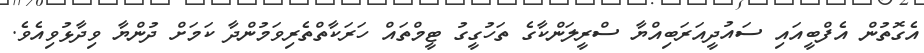
އެގޮތުން އެފްބީއައި ސައުދީއަރަބިއްޔާ ސްރީލަންކާގެ ތަހުގީގު ޓީމްތައް ހަރަކާތްތެރިވަމުންދާ ކަަމަށް ދުންޔާ ވިދާޅުވިއެވެ.